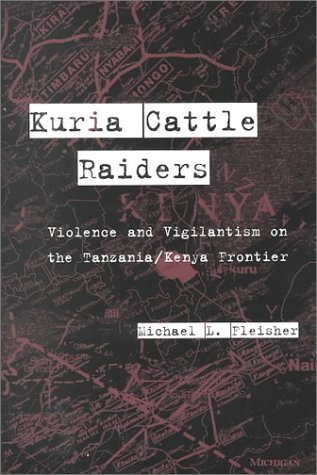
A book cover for Kuria Cattle Raiders: Violence and Vigilantism on the Tanzania/Kenya Frontier; Michael L. Fleisher; History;